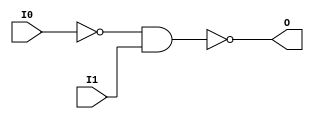

/*

FUNCTION	: 2-INPUT NAND GATE

*/

`timescale  100 ps / 10 ps

`celldefine

module NAND2B1 (O, I0, I1);


    output O;

    input  I0, I1;

    not N0 (i0_inv, I0);
    nand A1 (O, i0_inv, I1);

    specify
	(I0 *> O) = (0, 0);
	(I1 *> O) = (0, 0);
    endspecify

endmodule

`endcelldefine